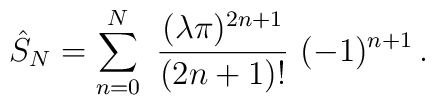
\hat{S}_{N} = \sum_{n=0}^{N} \ {(\lambda \pi)^{2n+1} \over  (2n+1)!} \ (-1)^{n+1} \, .